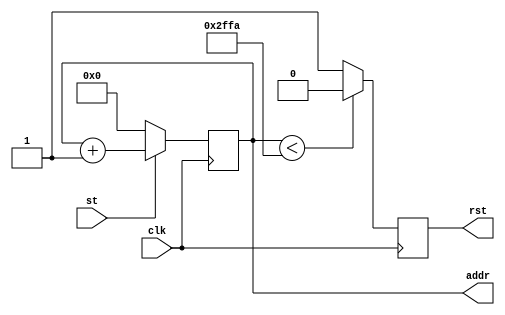
module counter_(addr, clk, st, rst);
input clk, st;
output reg rst;
output reg [13:0] addr;

always@(posedge clk)
begin
if (st) addr<=addr+1;
else addr=1'b0;
end
always@(posedge clk)
begin
if (addr<12282) rst <= 1'b0;
else rst <= 1'b1;
end
endmodule